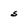
Character: 5